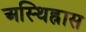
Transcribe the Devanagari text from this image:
अस्थिह्रास